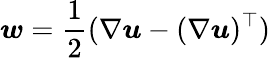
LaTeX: \boldsymbol{w}=\frac{1}{2}(\nabla\boldsymbol{u}-(\nabla\boldsymbol{u})^{\top})